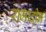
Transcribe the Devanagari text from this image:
रामादीन